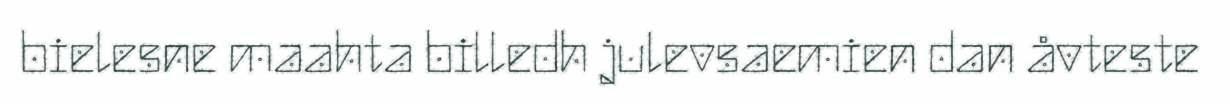
bielesne maahta billedh julevsaemien dan åvteste